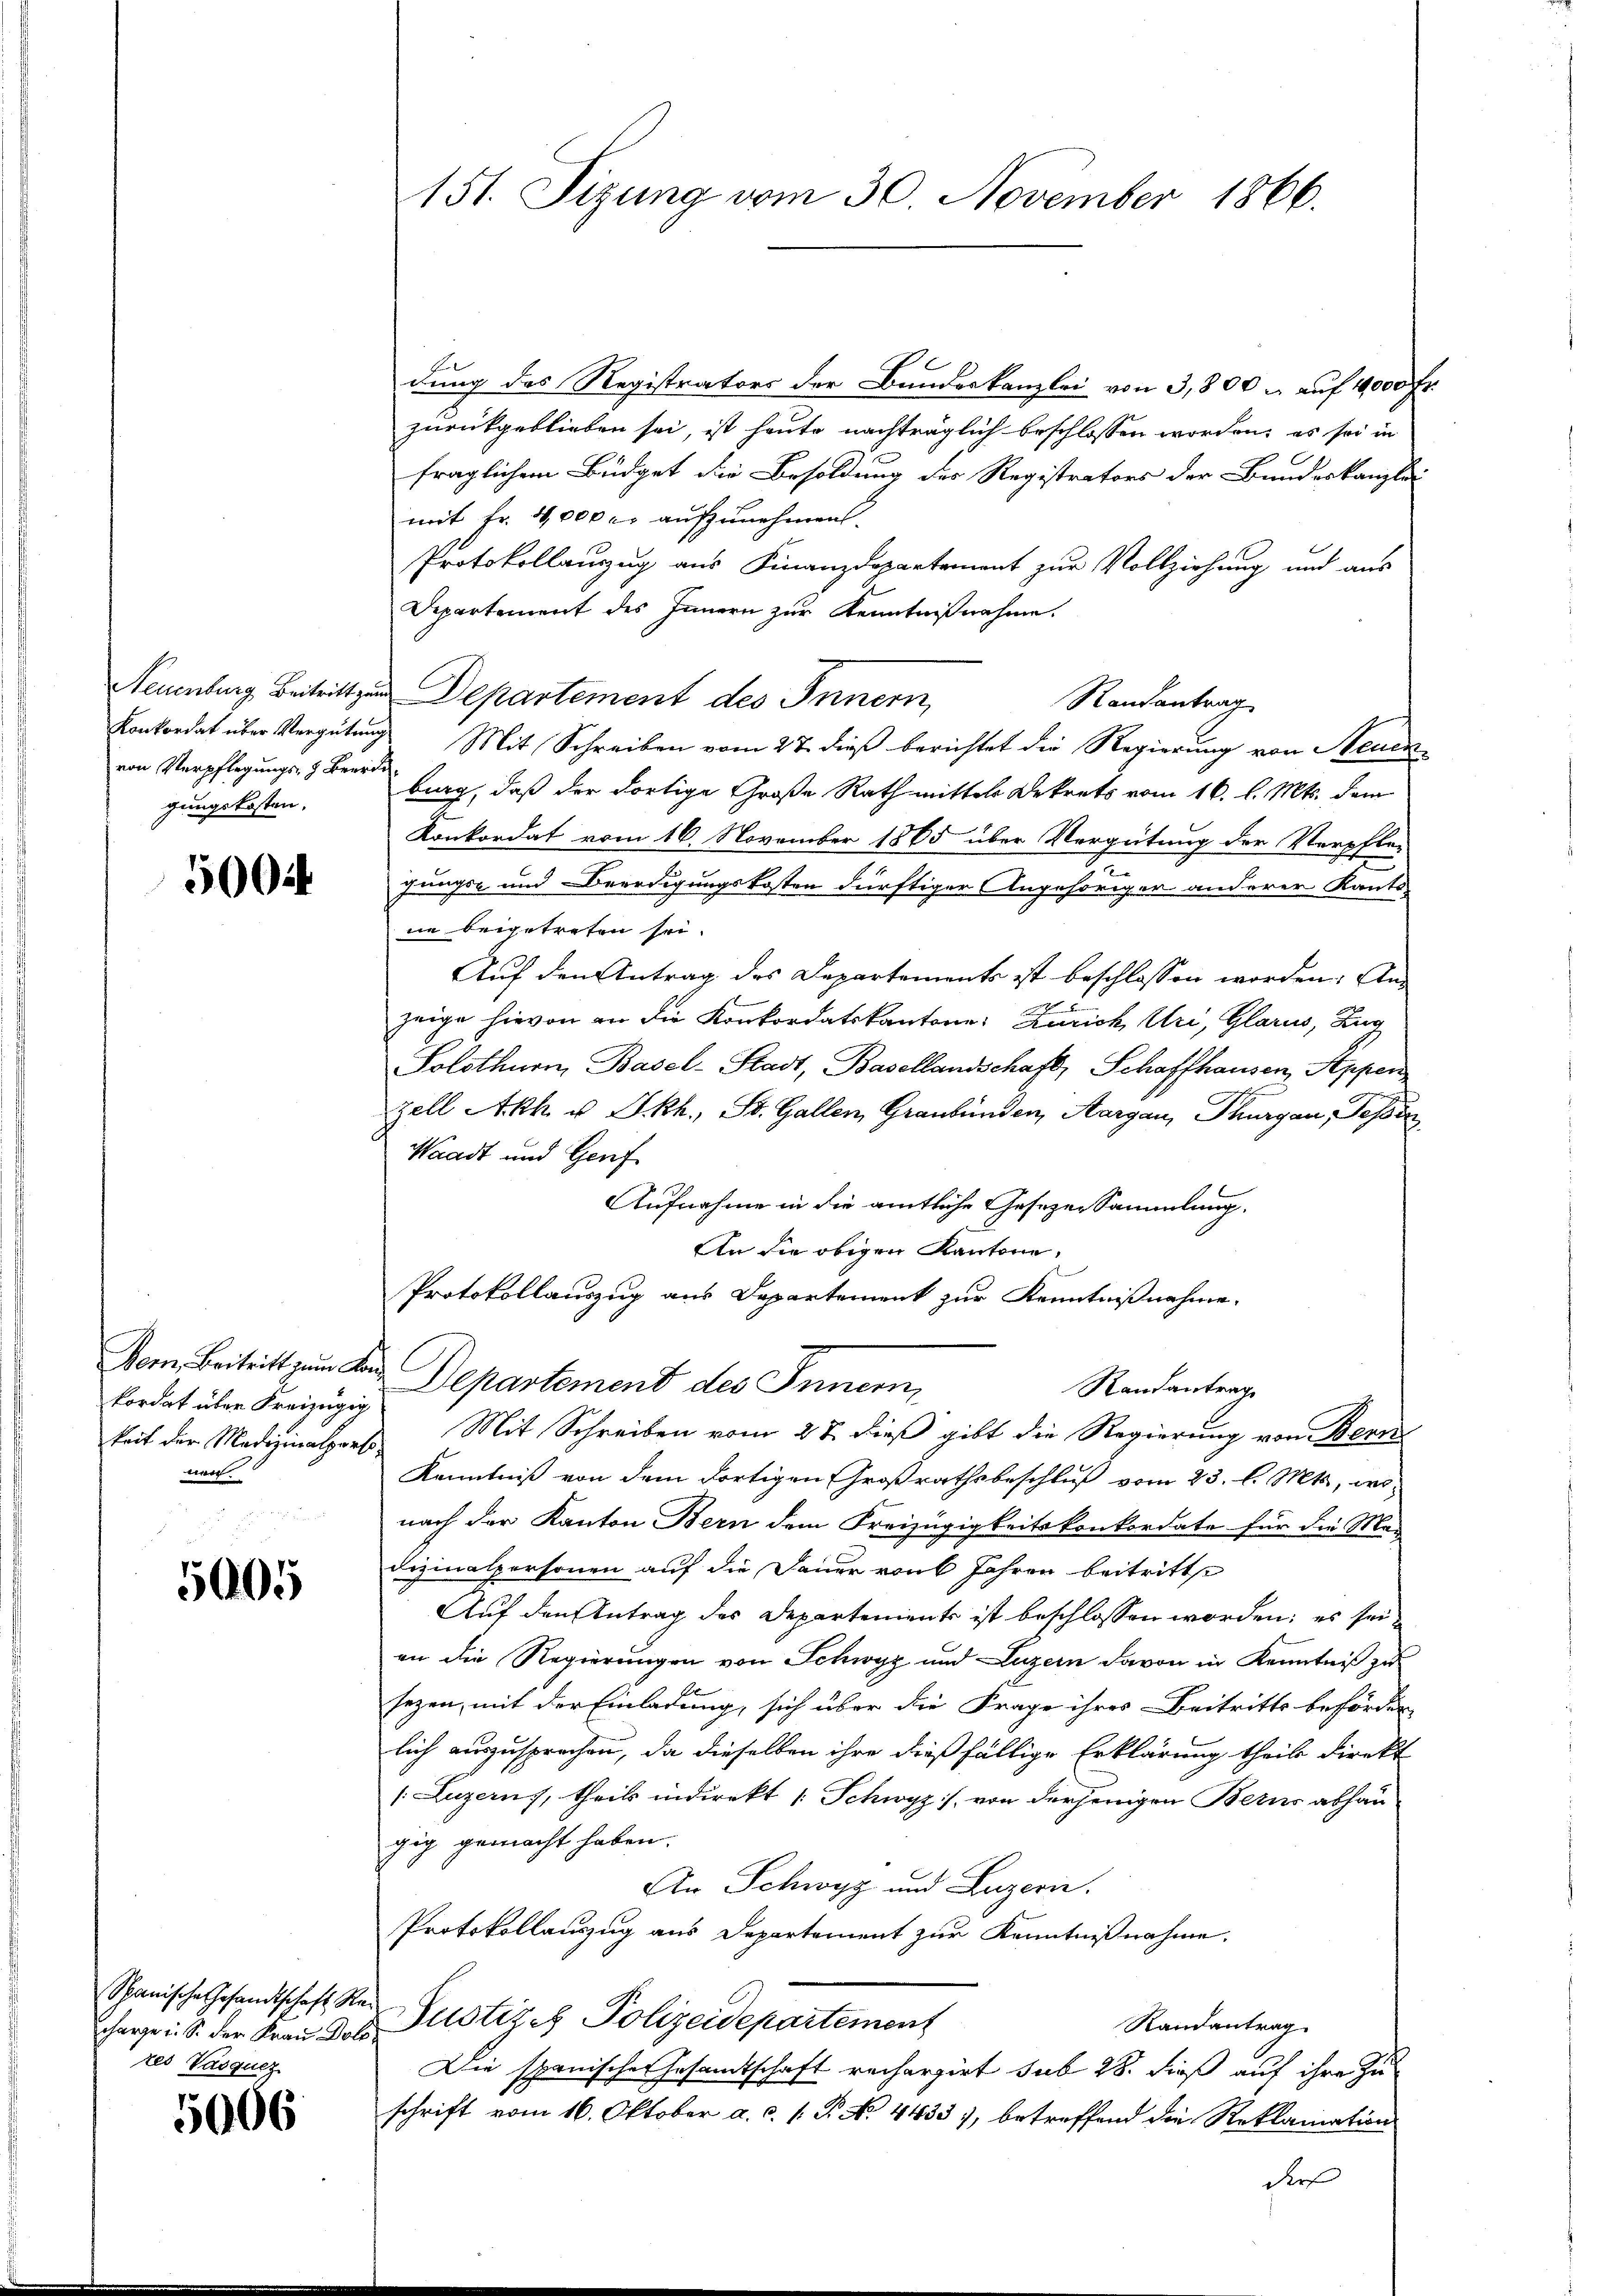
von Verpflegungs- & Beerde
gungskosten,

5004

e
kordat über Kreizügig
nen

5005

Schanische Gesandtschaft Rezes Vasqucz

5006

151. Sizung vom 30. November 1866.

dung des Registrators der Bundeskanzlei von 3,800 u. auf 1000 fr.
zurückgeblieben sei, ist heute nachträglich beschlossen worden; es sei in
fraglichem Büdget die Besoldung des Registrators der Bundeskanzlei
mit Fr. 4,000 er aufzunehmen.
Protokollauszug aus Finanzdepartement zur Vollziehung und aus
Departement des Innern zur Kenntnißnahme.
Neuenburg Beitritt zur Departement des Innern,
Randantrag
Konkordat über Vergütung Mit Schreiben vom 27. dieß berichtet die Regierung von Steuerbung, daß der dortige Große Rath mittels Dekrets vom 16. l. Mts. dem
Konkordat vom 16. November 1865 über Vergütung der Verpflegungs- und Beerdigungskosten dürftiger Angehöriger anderer Kanto-
ne beigetreten sei.
Auf den Antrag des Departements ist beschlossen worden; Anzeige hievon an die Konkordatskantone: Zürich Uri, Glarus, Zug
Solothurn, Basel-Stadt, Basellandschaft, Schaffhausen, Seppen
C
Zell Akh. u. Skh., St. Gallen, Graubünden, Aargau, Thurgau, Tessin
Waadt und Genf
Aufnahme in die amtliche Gesezen Sammlung.
An die obigen Kantone,
Protokollauszug aus Departement zur Kenntnißnahme.
Vom Beitritt zum Bad Departement des Innern,
Randantrage
keit der Medizinalpers Mit Schreiben vom 22. dieß gibt die Regierung von Bern
Kenntniß von dem dortigen Großrathsbeschluß vom 23. l. Mts., wo-
nach der Kanton Bern dem Freizügigkeitskonkordate für die Me¬
Fizinalpersonen auf die Dauer von Jahren beitritte
Auf den Antrag des Departements ist beschlossen worden; es seian die Regierungen von Schwyz und Luzern davon in Kenntniß zu
sezen, mit der Einladung, sich über die Frage ihres Beitritts behörder
lich auszusprechen, da dieselben ihre dießfällige Erklärung theil direkt
[Luzerny, theils indirekt 1 Schwyz, von derjenigen Berns abhau-
gig gemacht haben.
An Schwyz und Luzern.
Protokollauszug aus Departement zur Kenntnißnahme.
Randantrag
charge in S. der Frau der Justiz- Polizeidepartement
Die spanischer Gesamtschaft rechargirt sub 28. dieß auf ihre Zuschrift vom 16. Oktober a.c. s. P. No. 4433), betreffend die Reklamation
der